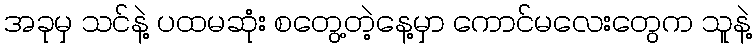
အခုမှ သင်နဲ့ ပထမဆုံး စတွေ့တဲ့နေ့မှာ ကောင်မလေးတွေက သူနဲ့